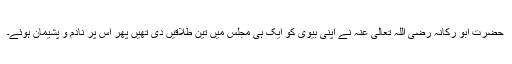
حضرت ابو رکانہ رضی اللہ تعالیٰ عنہ نے اپنی بیوی کو ایک ہی مجلس میں تین طلاقیں دی تھیں پھر اس پر نادم و پشیمان ہوئے۔